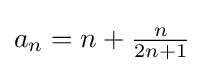
a_{n}=n+{\tfrac {n}{2n+1}}